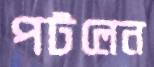
পটলেন